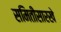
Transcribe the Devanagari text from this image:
समितीसारखे